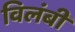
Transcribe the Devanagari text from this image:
विलंबी